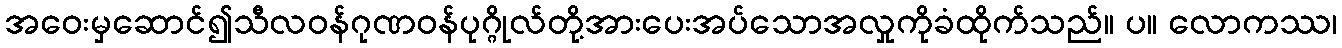
အဝေးမှဆောင်၍သီလဝန်ဂုဏဝန်ပုဂ္ဂိုလ်တို့အားပေးအပ်သောအလှုကိုခံထိုက်သည်။ ပ။ လောကဿ၊